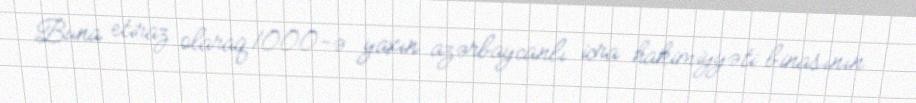
Buna etiraz olaraq 1000-ə yaxın azərbaycanlı icra hakimiyyəti binasının